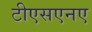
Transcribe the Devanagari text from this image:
टीएसएनए